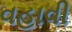
વહાવી